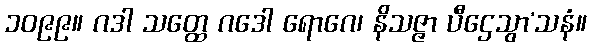
၁၀၉၉။ ဂဒါ သတ္ထေ ဂဒေါ ရောဂေ၊ နိသဇ္ဇာ ပီဌေသွာ’သနံ။